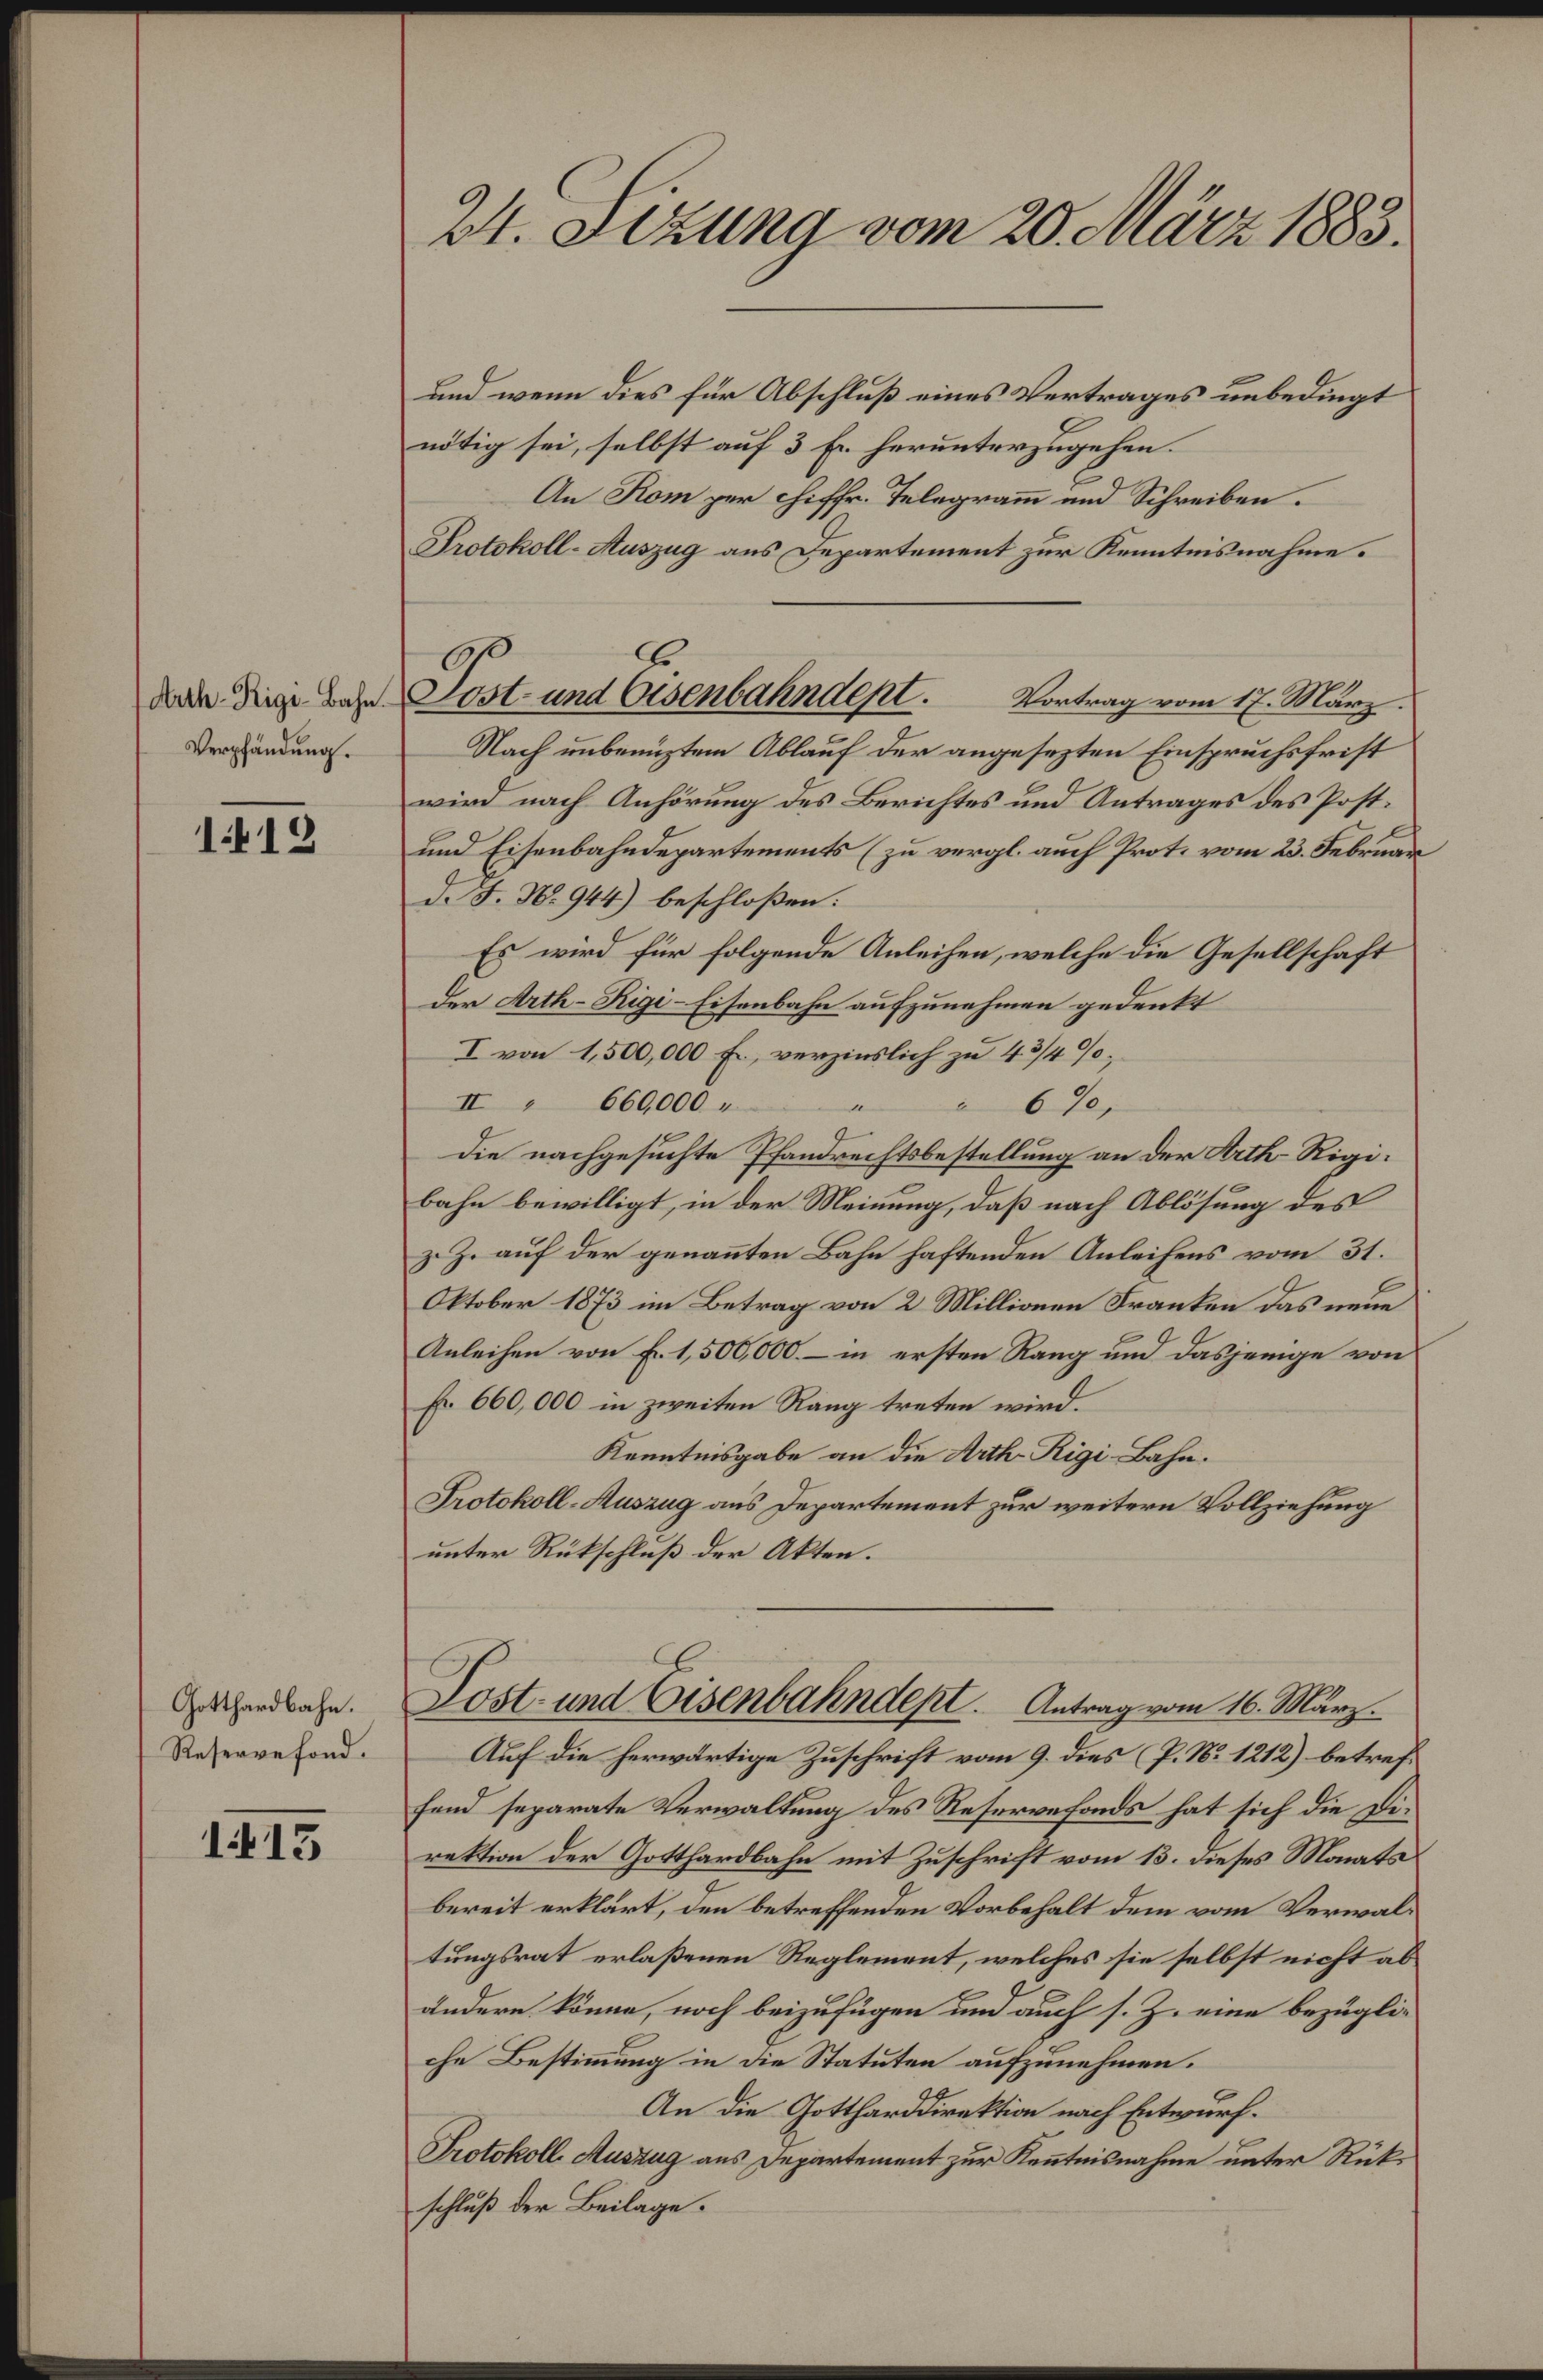
Aeth-Rigi-Bahn.
Verpfändung.

1412

Gotthardbahn.
Reservefond.

1413

24. Sizung vom 20. März 1883.

Lost- und Eisenbahndept. Vortrag vom 17. März

und wenn dies für Abschluß eines Vertrages unbedingt
nötig sei, selbst auf 3 Fr. herunterzugehen.
.
An Kom per chiffr. Telegramm und Schreiben.
Protokoll-Auszug aus Departement zur Kenntnisnahme.
Nach unbenüztem Ablauf der angesezten Einspruchsfrist
wird nach Anhörung des Berichtes und Antrages des Post¬
und Eisenbahndepartements (zu vergl. auch Prot. vom 23. Februar
d. J. N. 944) beschloßen:
Es wird für folgende Anleihen, welche die Gesellschaft
der Arth-Rigi-Eisenbahn aufzunehmen gedenkt
I von 1,500,000 Fr., verzinslich zu 4 3/4 %;
II " 660,000 u
670,
die nachgesuchte Pfandrechtsbestellung an der Arth-Rigibahn bewilligt, in der Meinung, daß nach Ablösung des
z. Z. auf der genannten Bahn haftenden Anleihens vom 31.
Oktober 1873 im Betrag von 2 Millionen Franken das neue
Anleihen von Fr. 1,500,000. – in ersten Rang und dasjenige von
 660,000 in zweiten Rang treten wird.
Kenntnisgabe an die Arth Rigi-Bahn.
Protokoll-Auszug aus Departement zur weitern Vollziehung
unter Rückschluß der Akten.
Lost- und Eisenbahndept. Antrag vom 16. März.
Auf die herwärtige Zuschrift vom 9. dies (P. Nr. 1212) betreffend separate Verwaltung des Reservefonds hat sich die Direktion der Gotthardbahn mit Zuschrift vom 13. dieses Monats
bereit erklärt, den betreffenden Vorbehalt dem vom Verwaltungsrat erlaßenen Reglement, welches sie selbst nicht abändere könne, noch beizufügen und auch s. Z. eine bezügli-
che Bestimmung in die Statuten aufzunehmen.
An die Gottharddirektion nach Entwurf.
Protokoll. Auszug aus Departement zur Kenntnisnahme unter Rückschluß der Beilage.